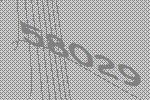
58029